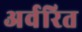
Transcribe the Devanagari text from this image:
अर्वरित